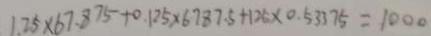
1 . 2 5 \times 6 7 . 8 7 5 + 0 . 1 2 5 \times 6 7 8 7 . 5 + 1 2 5 \times 0 . 5 3 3 7 5 = 1 0 0 0